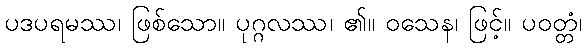
ပဒပရမဿ၊ ဖြစ်သော။ ပုဂ္ဂလဿ၊ ၏။ ဝသေန၊ ဖြင့်။ ပဝတ္တံ၊